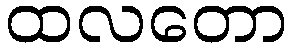
ထလတော